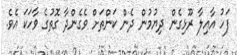
ފަހު އާއިލާ ރޫޅިގެން ދިޔުމުން ދެން ކަންތަށް ވެގެންދާ ގޮތުގެ ވާހަކަ އެވެ.